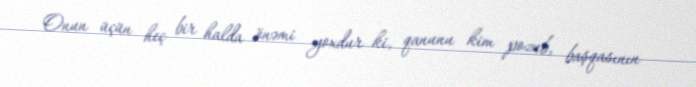
Onun üçün heç bir halda önəmi yoxdur ki, qanunu kim pozub, başqasının